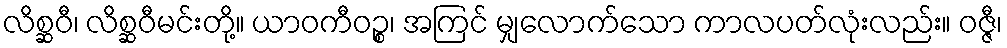
လိစ္ဆဝီ၊ လိစ္ဆဝီမင်းတို့။ ယာဝကီဝဉ္စ၊ အကြင် မျှလောက်သော ကာလပတ်လုံးလည်း။ ဝဇ္ဇီ၊